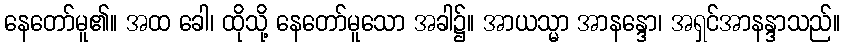
နေတော်မူ၏။ အထ ခေါ၊ ထိုသို့ နေတော်မူသော အခါ၌။ အာယသ္မာ အာနန္ဒော၊ အရှင်အာနန္ဒာသည်။